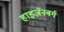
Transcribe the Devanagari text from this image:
हाइज़ॅनबर्ग